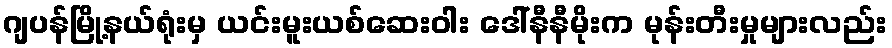
ဂျပန်မြို့နယ်ရုံးမှ ယင်းမူးယစ်ဆေးဝါး ဒေါ်နီနီမိုးက မုန်းတီးမှုများလည်း